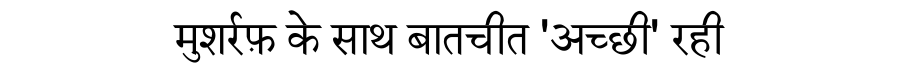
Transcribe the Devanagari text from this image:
मुशर्रफ़ के साथ बातचीत 'अच्छी' रही